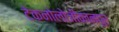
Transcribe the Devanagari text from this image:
टेकनोलोजीकानपुर